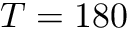
T = 1 8 0